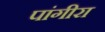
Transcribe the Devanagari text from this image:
पांगीरा